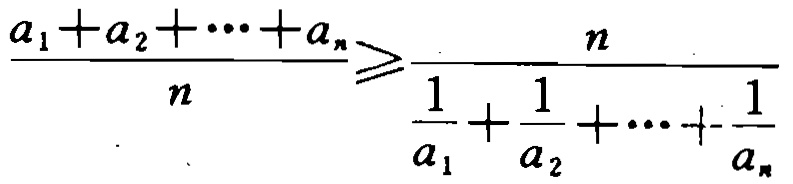
\frac{a_{1}+a_{2}+\cdots +a_{n}}{n}\geq\frac{n}{\frac{1}{a_{1}}+\frac{1}{a_{2}}+\cdots +\frac{1}{a_{n}}}